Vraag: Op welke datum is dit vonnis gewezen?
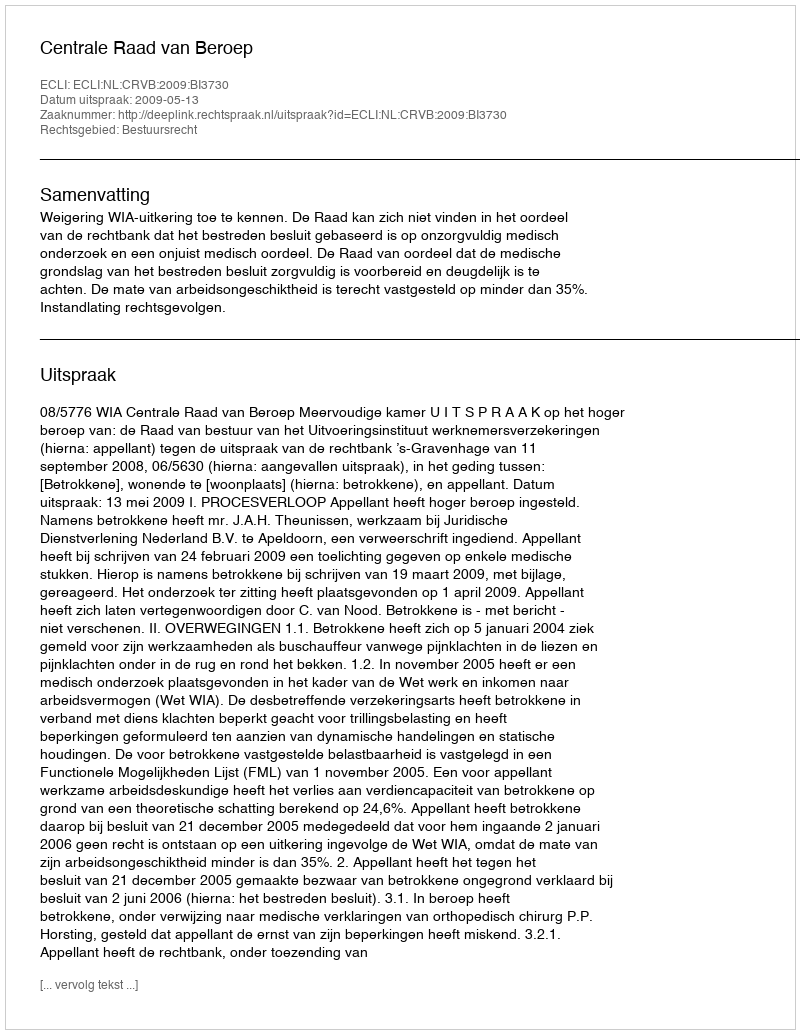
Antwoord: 2009-05-13